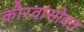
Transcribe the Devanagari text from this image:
कौरवांसोबत